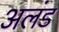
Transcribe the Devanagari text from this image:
अलंड